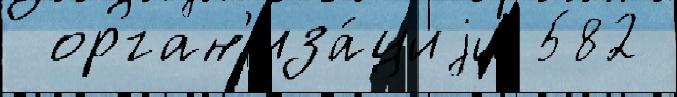
 орган'иза́циjи 582